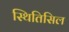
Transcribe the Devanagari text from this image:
स्थितिसिल